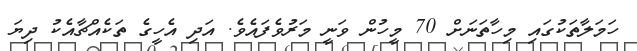
ހަމަލާތަކުގައި މިހާތަނަށް 70 މީހުން ވަނީ މަރުވެފައެވެ. އަދި އެހީގެ ތަކެއްޗާއެކު ދިޔަ